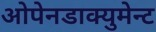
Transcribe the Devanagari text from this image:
ओपेनडाक्युमेन्ट